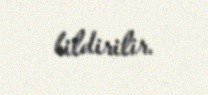
bildirilir.